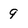
Character: 9